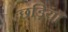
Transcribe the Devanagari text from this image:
छड़ियाँ